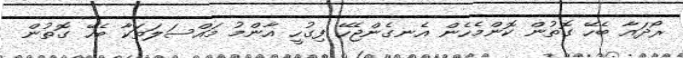
ރޯދައާ ބެހޭ ގޮތުން ކޮންމެހެން އެނގެންޖެހޭ ފިގުހީ އާންމު މައްސަލަތަކާ ބެހޭ ގޮތުން